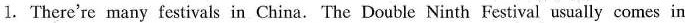
1. There're many festivals in China.The Double Ninth Festival usually comes in